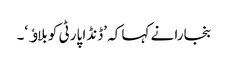
بنجارا نے کہا کہ ’ڈنڈا پارٹی کو بلاﺅ‘۔